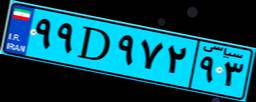
۹۹D۹۷۲۹۳